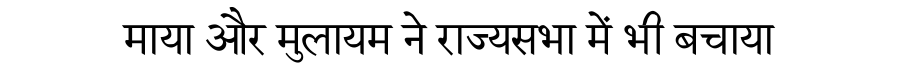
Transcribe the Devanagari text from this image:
माया और मुलायम ने राज्यसभा में भी बचाया